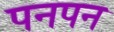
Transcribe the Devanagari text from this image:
पनपन